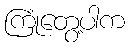
ကြုံတွေ့ပါက